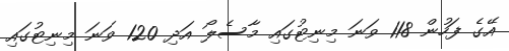
އޭގެ ފަހުން 118 ވަނަ މިނިޓުގައި މާސެލޯ އަދި 120 ވަނަ މިނިޓުގައި